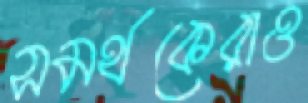
সমর্থকেরাও